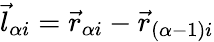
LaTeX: \vec{l}_{\alpha i}=\vec{r}_{\alpha i}-\vec{r}_{(\alpha-1)i}